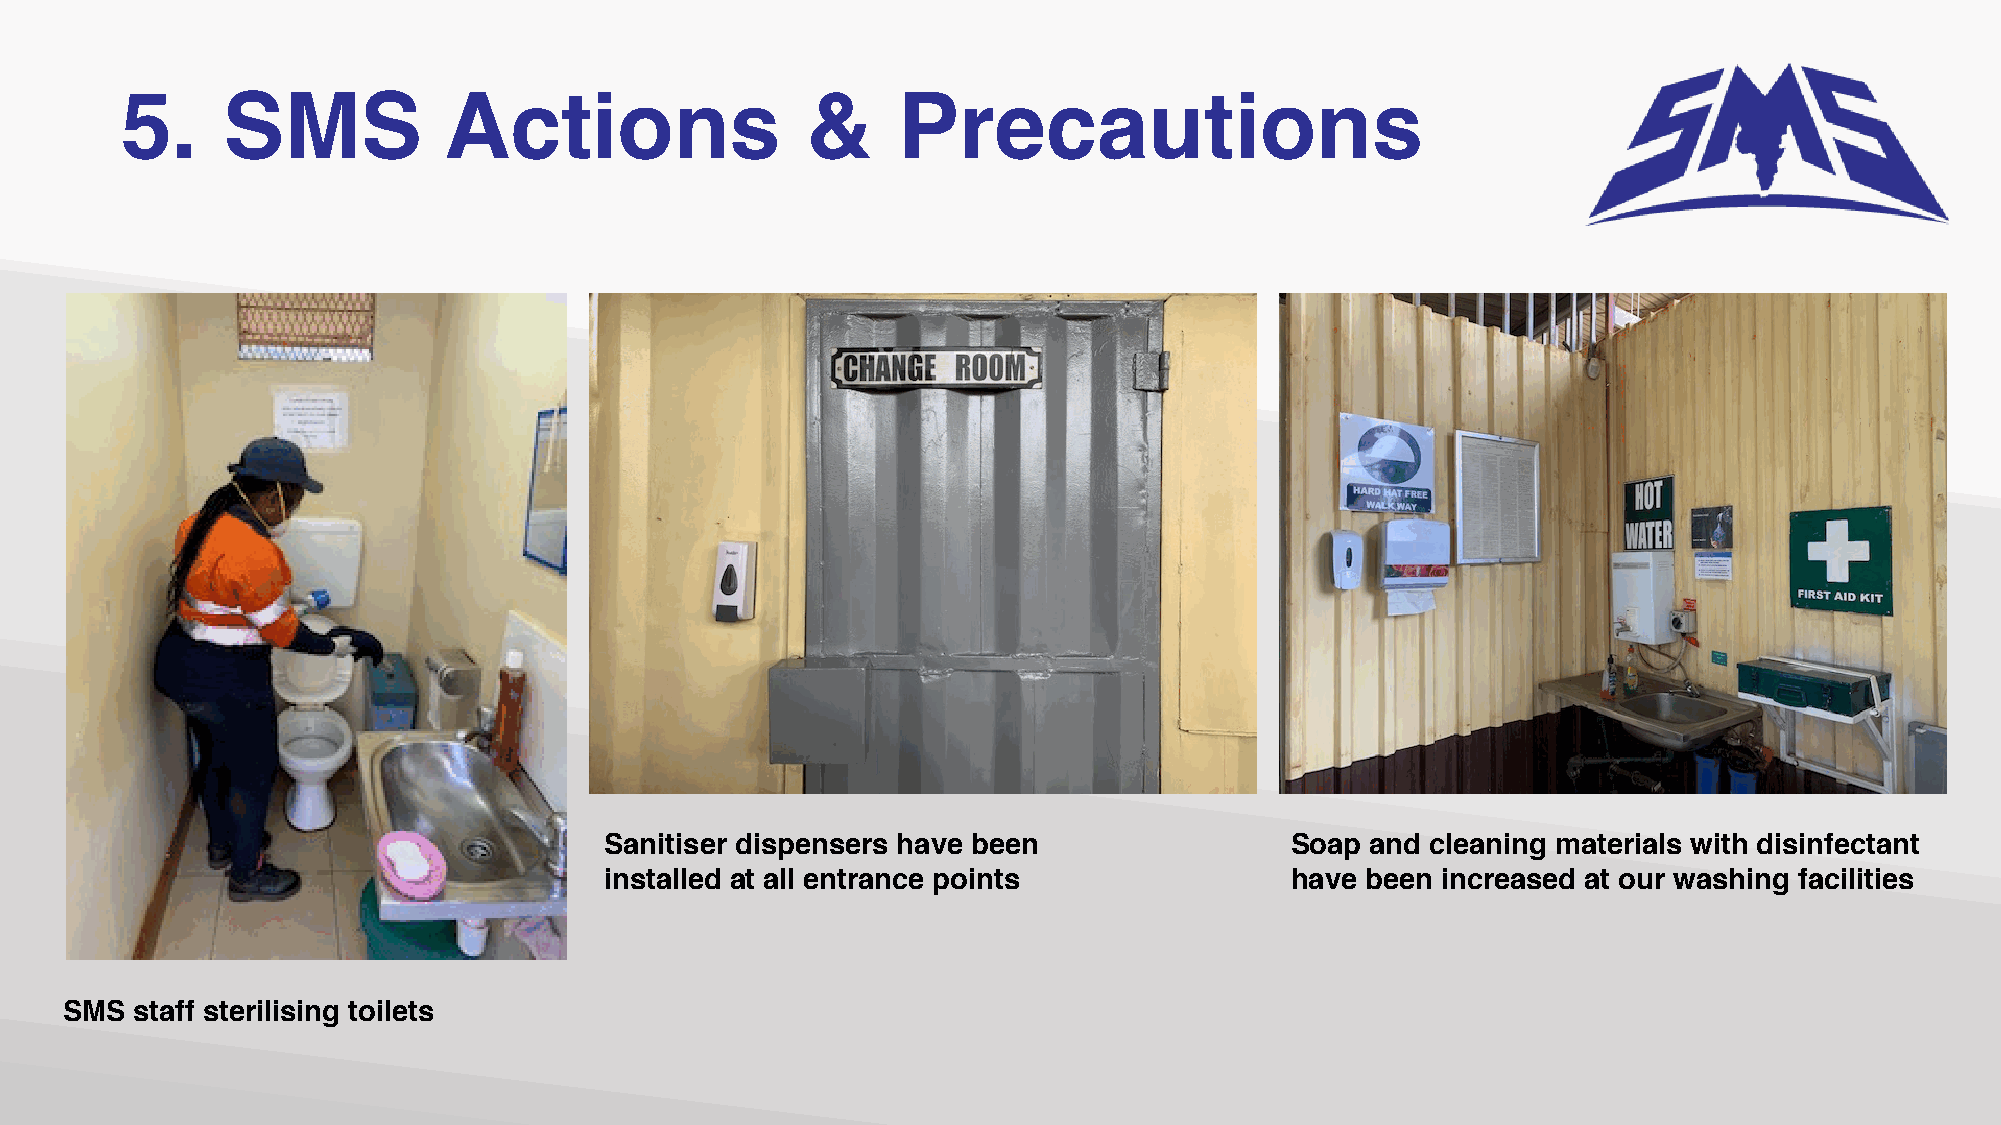
5.     SMS           Actions                 &     Precautions
 Sanitiser dispensers have been               Soap  and cleaning materials with disinfectant
 installed at all entrance points             have been increased at our washing facilities
 SMS  staff sterilising toilets